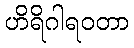
ဟိရိဂါရဝတာ